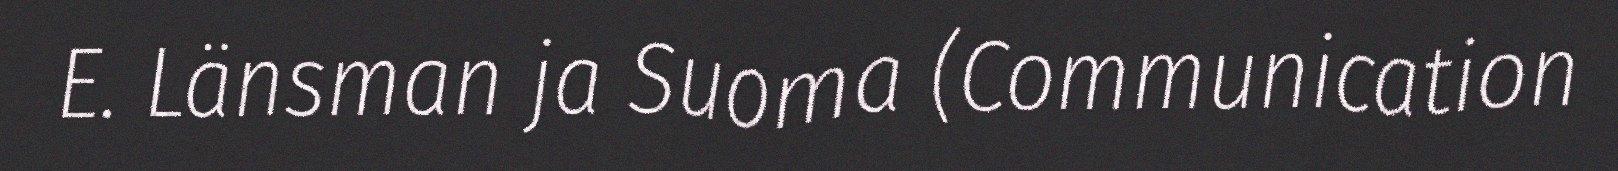
E. Länsman ja Suoma (Communication